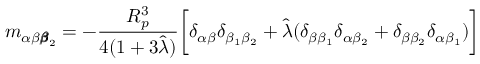
m _ { \alpha \beta { \pmb \beta } _ { 2 } } = - \frac { R _ { p } ^ { 3 } } { 4 ( 1 + 3 \hat { \lambda } ) } \bigg [ \delta _ { \alpha \beta } \delta _ { \beta _ { 1 } \beta _ { 2 } } + \hat { \lambda } ( \delta _ { \beta \beta _ { 1 } } \delta _ { \alpha \beta _ { 2 } } + \delta _ { \beta \beta _ { 2 } } \delta _ { \alpha \beta _ { 1 } } ) \bigg ]